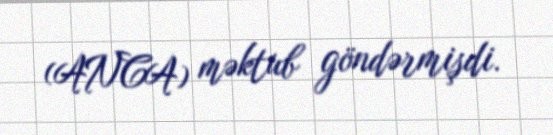
(ANCA) məktub göndərmişdi.